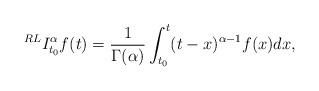
LaTeX: \begin{align*}^{RL}I_{t_{0}}^{\alpha}f(t)= \dfrac{1}{\Gamma(\alpha)}\int^{t}_{t_{0}}(t-x)^{\alpha-1}f(x)dx,\end{align*}